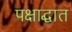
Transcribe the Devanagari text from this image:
पक्षाद्घात